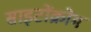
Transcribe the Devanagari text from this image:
साइटोंक्रोम